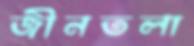
জীনতলা